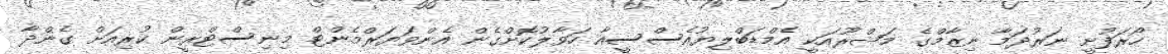
ހޯރަފުށީ ނަރުދަމާ ނިޒާމްގެ މަޝްރޫއަކީ އެމްޑަބްލިޔުއެސްސީއާ ހަވާލުކޮށްގެން އެންވަޔަރްމެންޓް މިނިސްޓްރީން ކުރިއަށް ގެންދާ